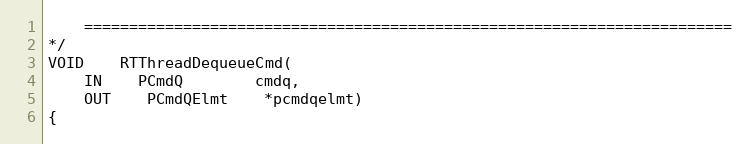
Language: C
	========================================================================
*/
VOID	RTThreadDequeueCmd(
	IN	PCmdQ		cmdq,
	OUT	PCmdQElmt	*pcmdqelmt)
{